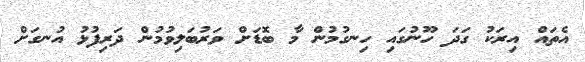
އެތައް އިރަކު ގަދަ ހޫނުގައި ހިނގުމުން މާ ބޮޑަށް ވަރުބަލިވުމުން ދަރިފުޅު އުނގަށް